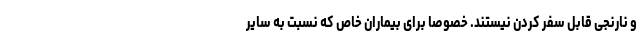
و نارنجی قابل سفر کردن نیستند. خصوصا برای بیماران خاص که نسبت به سایر